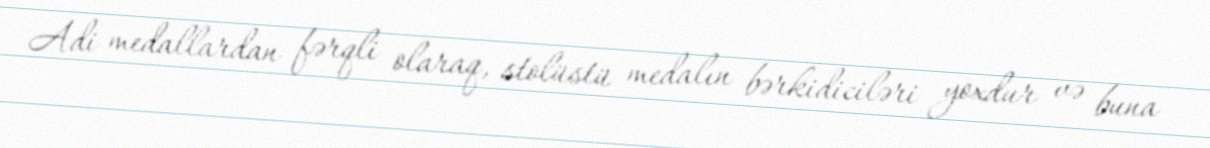
Adi medallardan fərqli olaraq, stolüstü medalın bərkidiciləri yoxdur və buna